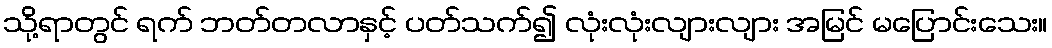
သို့ရာတွင် ရက် ဘတ်တလာနှင့် ပတ်သက်၍ လုံးလုံးလျားလျား အမြင် မပြောင်းသေး။